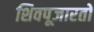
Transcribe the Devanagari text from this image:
शिवपूजारतो